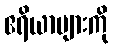
ဧရိယာများကို